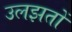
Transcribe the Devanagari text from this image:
उलझतों